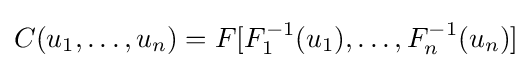
C(u_{1},\ldots ,u_{n})=F[F_{1}^{-1}(u_{1}),\ldots ,F_{n}^{-1}(u_{n})]